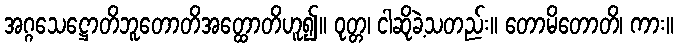
အဂ္ဂသေဋ္ဌောတိဘူတောတိအတ္ထောတိဟူ၍။ ဝုတ္တ၊ ငါဆိုခဲ့သတည်း။ တောမိတောတိ၊ ကား။